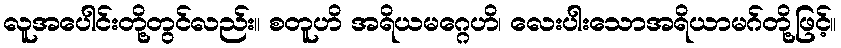
လူအပေါင်းတို့တွင်လည်း။ စတူဟိ အရိယမဂ္ဂေဟိ၊ လေးပါးသောအရိယာမဂ်တို့ဖြင့်။